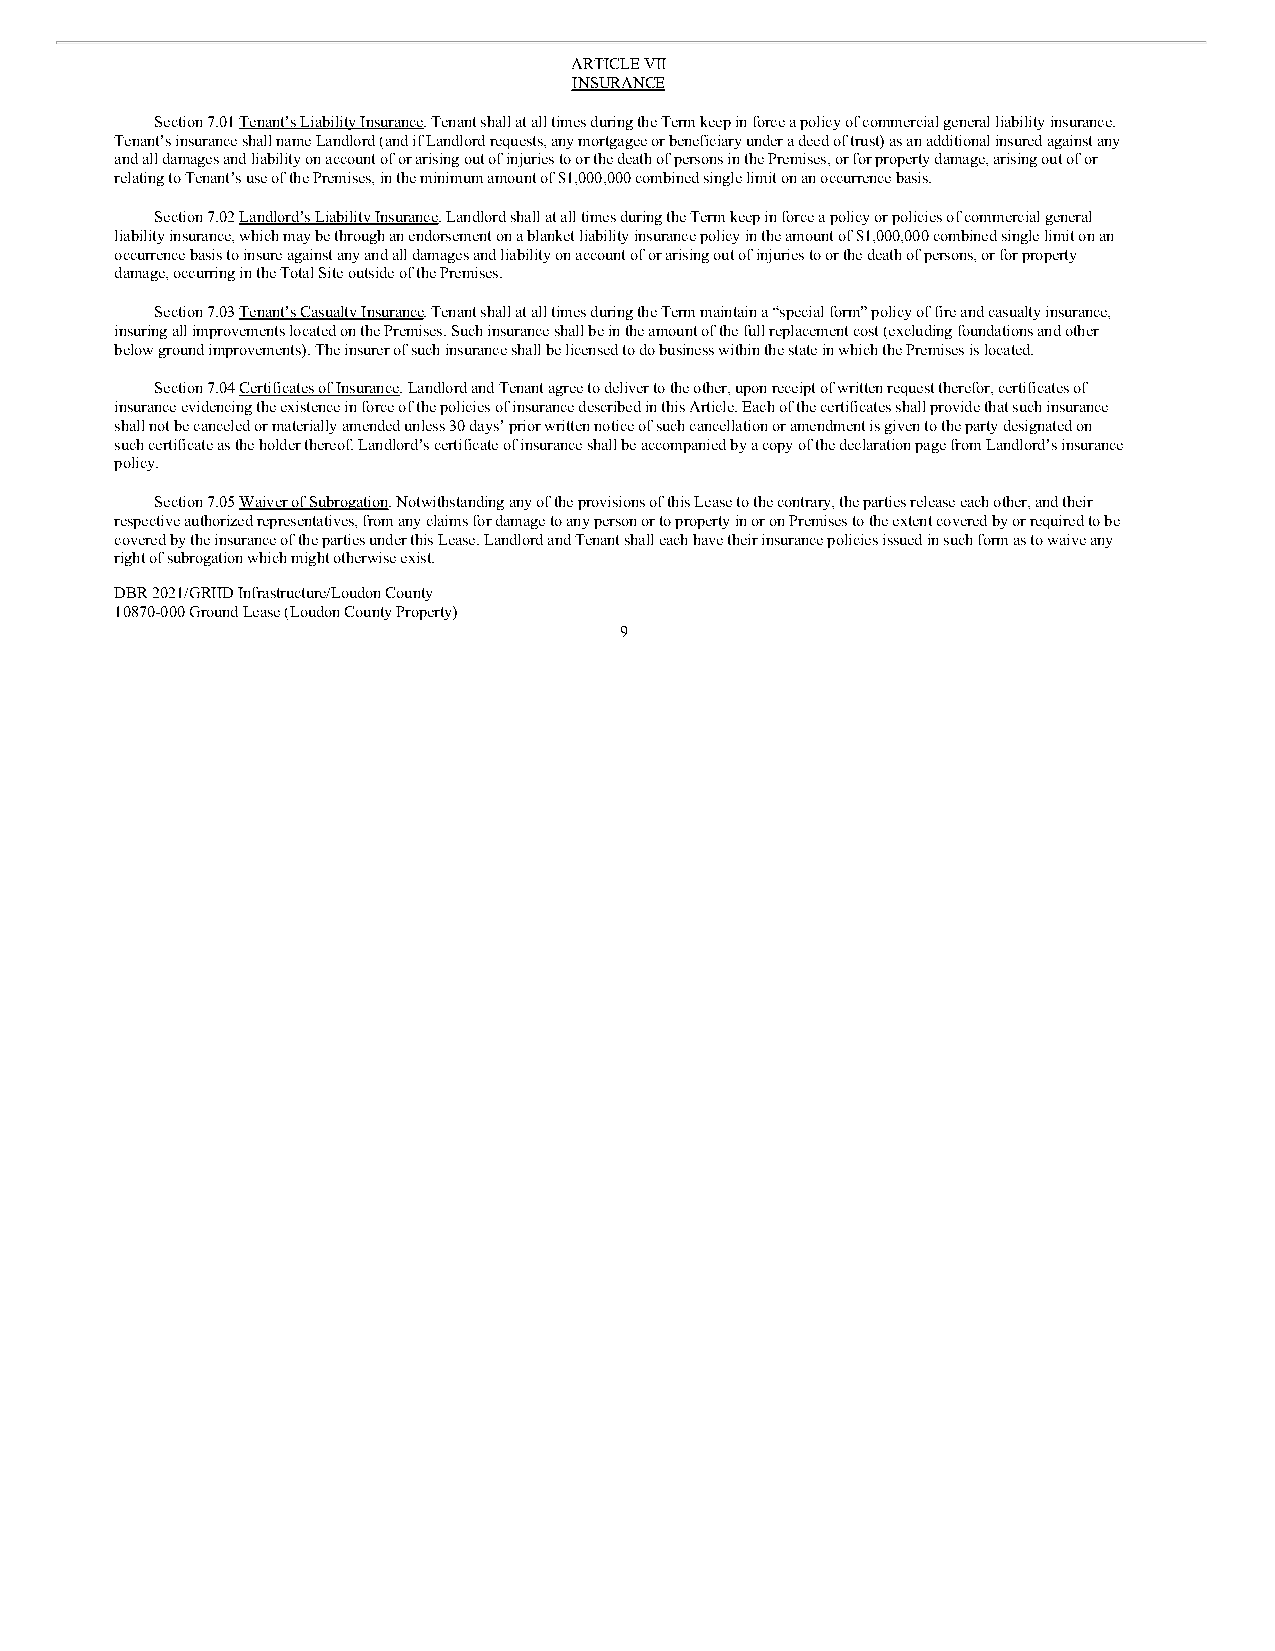
ARTICLE VII
 INSURANCE
 Section 7.01 Tenant’s Liability Insurance. Tenant shall at all times during the Term keep in force a policy of commercial general liability insurance.
 Tenant’s insurance shall name Landlord (and if Landlord requests, any mortgagee or beneficiary under a deed of trust) as an additional insured against any
 and all damages and liability on account of or arising out of injuries to or the death of persons in the Premises, or for property damage, arising out of or
 relating to Tenant’s use of the Premises, in the minimum amount of $1,000,000 combined single limit on an occurrence basis.
 Section 7.02 Landlord’s Liability Insurance. Landlord shall at all times during the Term keep in force a policy or policies of commercial general
 liability insurance, which may be through an endorsement on a blanket liability insurance policy in the amount of $1,000,000 combined single limit on an
 occurrence basis to insure against any and all damages and liability on account of or arising out of injuries to or the death of persons, or for property
 damage, occurring in the Total Site outside of the Premises.
 Section 7.03 Tenant’s Casualty Insurance. Tenant shall at all times during the Term maintain a “special form” policy of fire and casualty insurance,
 insuring all improvements located on the Premises. Such insurance shall be in the amount of the full replacement cost (excluding foundations and other
 below ground improvements). The insurer of such insurance shall be licensed to do business within the state in which the Premises is located.
 Section 7.04 Certificates of Insurance. Landlord and Tenant agree to deliver to the other, upon receipt of written request therefor, certificates of
 insurance evidencing the existence in force of the policies of insurance described in this Article. Each of the certificates shall provide that such insurance
 shall not be canceled or materially amended unless 30 days’ prior written notice of such cancellation or amendment is given to the party designated on
 such certificate as the holder thereof. Landlord’s certificate of insurance shall be accompanied by a copy of the declaration page from Landlord’s insurance
 policy.
 Section 7.05 Waiver of Subrogation. Notwithstanding any of the provisions of this Lease to the contrary, the parties release each other, and their
 respective authorized representatives, from any claims for damage to any person or to property in or on Premises to the extent covered by or required to be
 covered by the insurance of the parties under this Lease. Landlord and Tenant shall each have their insurance policies issued in such form as to waive any
 right of subrogation which might otherwise exist.
 DBR 2021/GRIID Infrastructure/Loudon County
 10870-000 Ground Lease (Loudon County Property)
 9